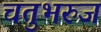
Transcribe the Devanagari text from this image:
चतुभरुज